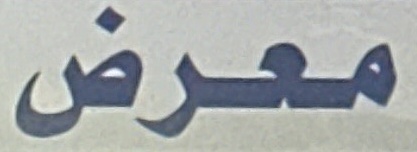
معرض